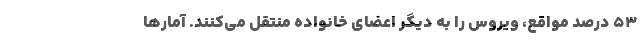
۵۳ درصد مواقع، ویروس را به دیگر اعضای خانواده منتقل می‌کنند. آمارها